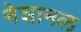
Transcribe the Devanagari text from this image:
नेशानल